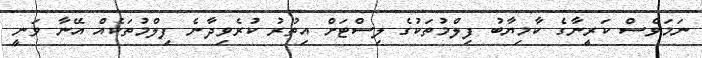
ނަމަވެސް ކަރީނާގެ ކާމިޔާބު ފިލްމުތަކުގެ ލިސްޓަށް އިތުރު ކުރެވިދާނެ ފިލްމުތަކެއް އޭނާ ވަނީ